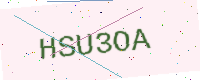
Text: HSU3OA